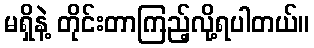
မရှိနဲ့ တိုင်းတာကြည့်လို့ရပါတယ်။